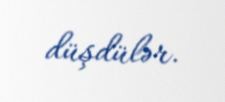
düşdülər.